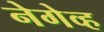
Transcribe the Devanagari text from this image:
नेगेव्ह